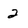
Character: 2